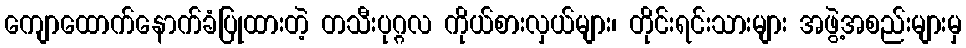
ကျောထောက်နောက်ခံပြုထားတဲ့ တသီးပုဂ္ဂလ ကိုယ်စားလှယ်များ၊ တိုင်းရင်းသားများ အဖွဲ့အစည်းများမှ